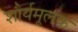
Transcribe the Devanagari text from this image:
शौर्यमूलक